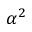
\alpha ^ { 2 }